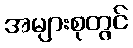
အများစုတွင်